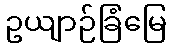
ဥယျာဉ်ခြံမြေ